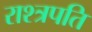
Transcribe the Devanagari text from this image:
राश्त्रपति